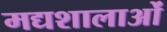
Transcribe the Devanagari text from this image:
मद्यशालाओं